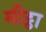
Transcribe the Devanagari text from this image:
मीट्ठा